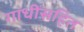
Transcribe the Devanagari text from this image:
गांधींसहित